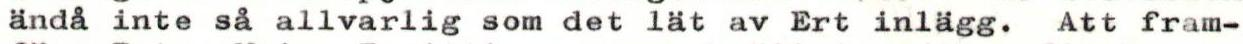
ändå inte så allvarlig som det lät av Ert inlägg. Att fram-